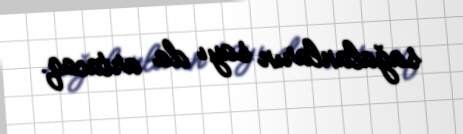
sağalanların sayı da artacaq.